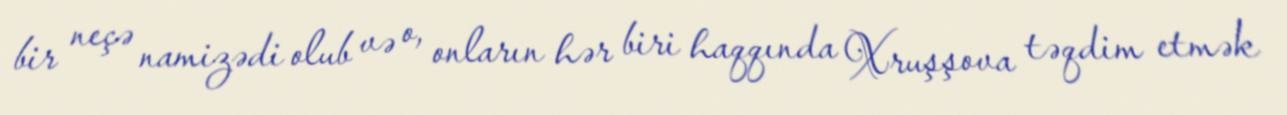
bir neçə namizədi olub və o, onların hər biri haqqında Xruşşova təqdim etmək